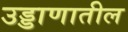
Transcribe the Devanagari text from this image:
उड्डाणातील